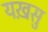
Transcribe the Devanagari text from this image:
यख़सु